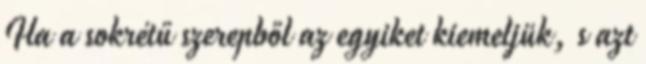
Ha a sokrétű szerepből az egyiket kiemeljük, s azt